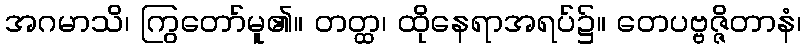
အဂမာသိ၊ ကြွတော်မူ၏။ တတ္ထ၊ ထိုနေရာအရပ်၌။ တေပဗ္ဗဇ္ဇိတာနံ၊